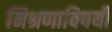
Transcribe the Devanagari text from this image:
मिश्रणाविषयी